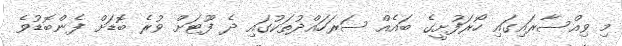
މި ވިއްސާރައިގައި ހޯރަފުށީގެ ބައެއް ސަރަހައްދުތަކުގައި ދެ ފޫޓަށް ވުރެ ބޮޑަށް ފެންބޮޑުވެ